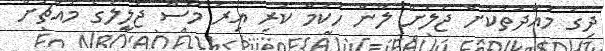
ދިގު މުއްދަތަކަށް ޖަލަށް ލާން ހުކުމް ކުރި އިރު މޫސާ ޖަލީލުގެ މައްޗަށް